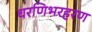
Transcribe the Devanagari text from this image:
धरणिभरहरण